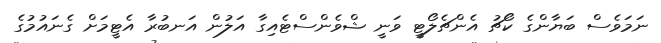
ނަމަވެސް ބަޔާންގެ ކޯޗު އެންޗެލޯޓީ ވަނީ ޝްވެންސްޓެއިގާ އަލުން އަނބުރާ އެޓީމަށް ގެނައުމުގެ